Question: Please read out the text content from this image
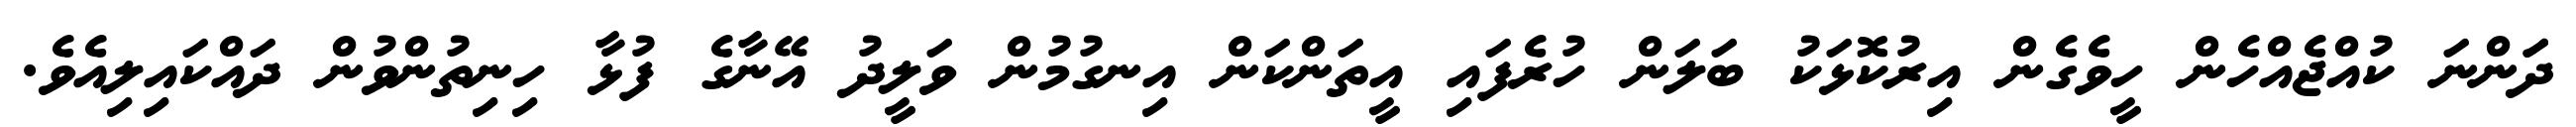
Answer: ދަަންނަ ކުއްޖެއްހެން ހީވެގެން އިރުކޮޅަކު ބަލަން ހުރެފައި އީތަންކަން އިނގުމުން ވަލީދު އޭނާގެ ފުޅާ ހިނިތުންވުން ދައްކައިލިއެވެ.